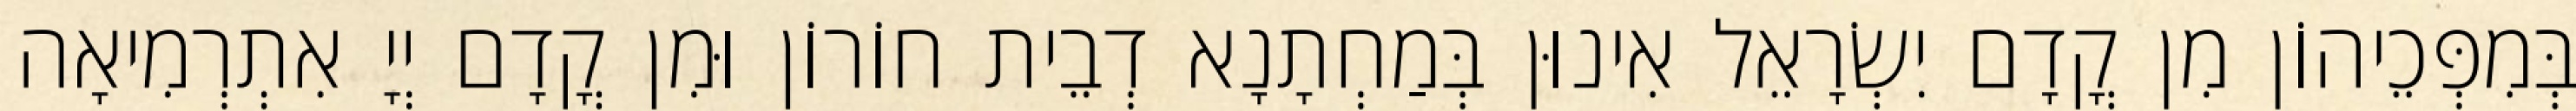
בְּמִפְּכֵיהוֹן מִן קֳדָם יִשְׂרָאֵל אִינוּן בְּמַחְתָנָא דְבֵית חוֹרוֹן וּמִן קֳדָם יְיָ אִתְרְמִיאָה